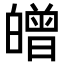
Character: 𤾥